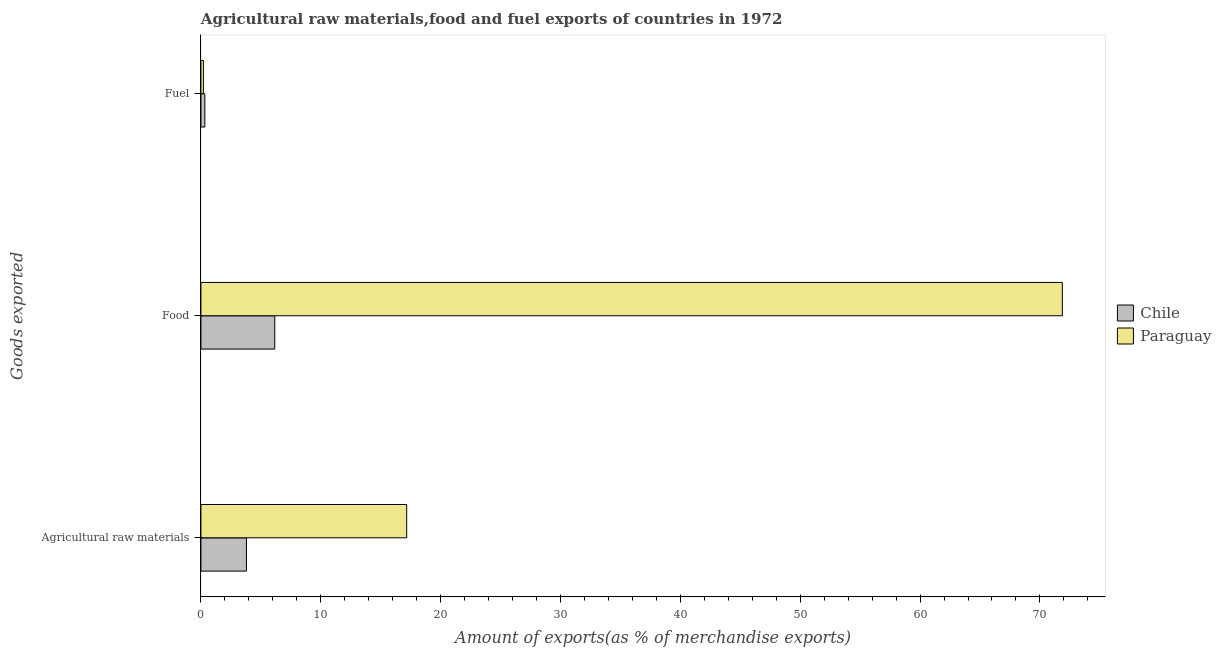
| Goods exported | Chile | Paraguay |
 | --- | --- | --- |
 | Agricultural raw materials | 3.8 | 17.2 |
 | Food | 6.16 | 71.9 |
 | Fuel | 0.328 | 0.208 |